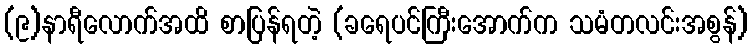
(၉)နာရီလောက်အထိ စာပြန်ရတဲ့ (ခရေပင်ကြီးအောက်က သမံတလင်းအစွန်)